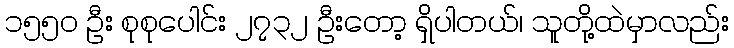
၁၅၅၀ ဦး စုစုပေါင်း ၂၇၃၂ ဦးတော့ ရှိပါတယ်၊ သူတို့ထဲမှာလည်း